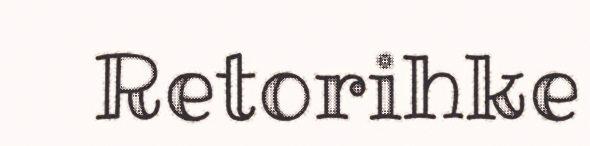
Retorihke